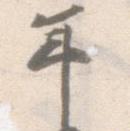
年